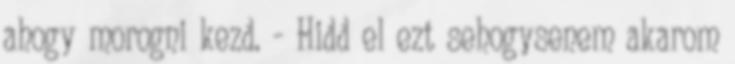
ahogy morogni kezd. - Hidd el ezt sehogysenem akarom